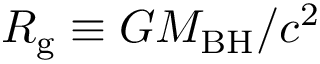
R _ { \mathrm { g } } \equiv G M _ { \mathrm { B H } } / c ^ { 2 }